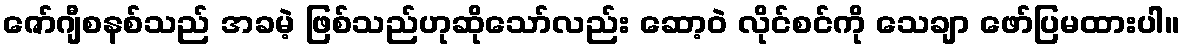
ဇော်ဂျီစနစ်သည် အခမဲ့ ဖြစ်သည်ဟုဆိုသော်လည်း ဆော့ဝဲ လိုင်စင်ကို သေချာ ဖော်ပြမထားပါ။